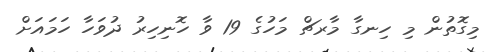
މިގޮތުން މި ހިނގާ މާރޗް މަހުގެ 19 ވާ ހޮނިހިރު ދުވަހާ ހަމައަށް